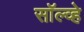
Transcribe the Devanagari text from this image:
सॉल्व्हे